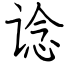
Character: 谂